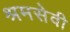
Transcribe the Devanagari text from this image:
श्रमसेवी